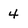
Character: 4